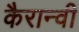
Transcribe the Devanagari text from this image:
कैरान्वी